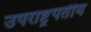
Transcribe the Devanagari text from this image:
उपराष्ट्रपतीय